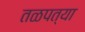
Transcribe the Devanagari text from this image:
तळपत्या